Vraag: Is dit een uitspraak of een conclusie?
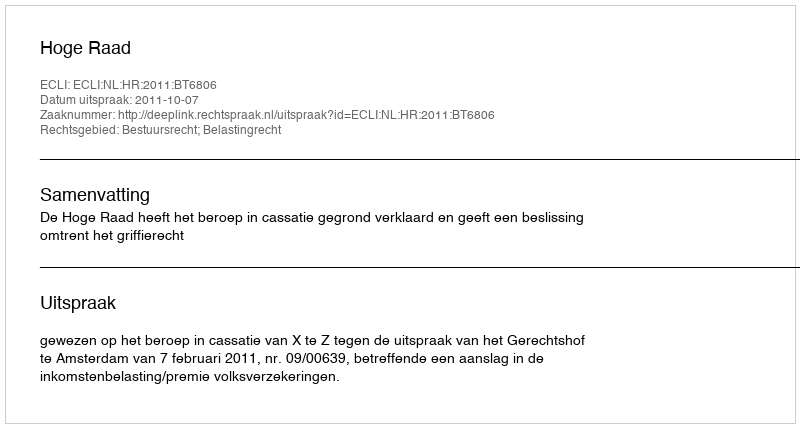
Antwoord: Uitspraak